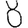
Digit: 8